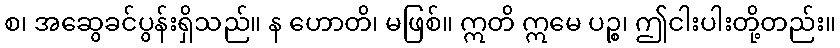
စ၊ အဆွေခင်ပွန်းရှိသည်။ န ဟောတိ၊ မဖြစ်။ ဣတိ ဣမေ ပဉ္စ၊ ဤငါးပါးတို့တည်း။